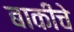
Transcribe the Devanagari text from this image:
बाकींचे